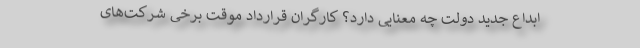
ابداع جدید دولت چه معنایی دارد؟ کارگران قرارداد موقتِ برخی شرکت‌های